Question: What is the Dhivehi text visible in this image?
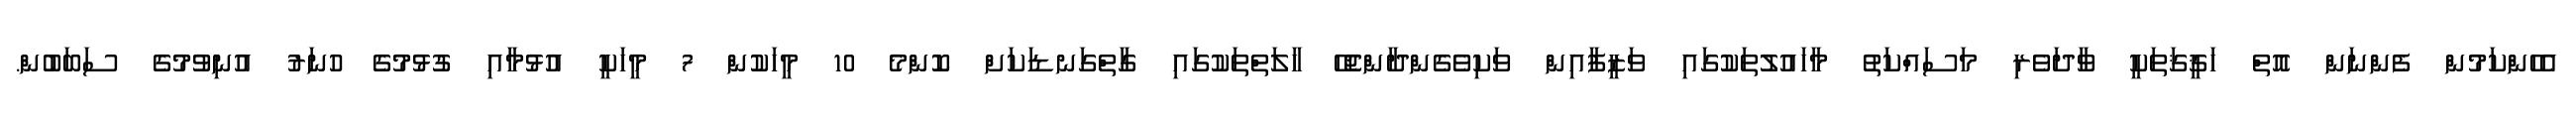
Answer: އެހެންކަމުން ފެންނަން އޮތް ހަޤީޤަތަކީ ވާދަވެރި މަސައްކަތު މާހައުލުތަކުގައި ވަޒީފާއިން ވަކިވެގެންދާންޖެހޭ ހާލަތްތަކުގައި ގާތްގަނޑަކަށް ކޮންމެ 10 މީހަކުން 7 މީހަކީ އުޅުމާއި ގުޅުމުގެ ހުނަރު އުނިވުމުގެ ސަބަބުން.